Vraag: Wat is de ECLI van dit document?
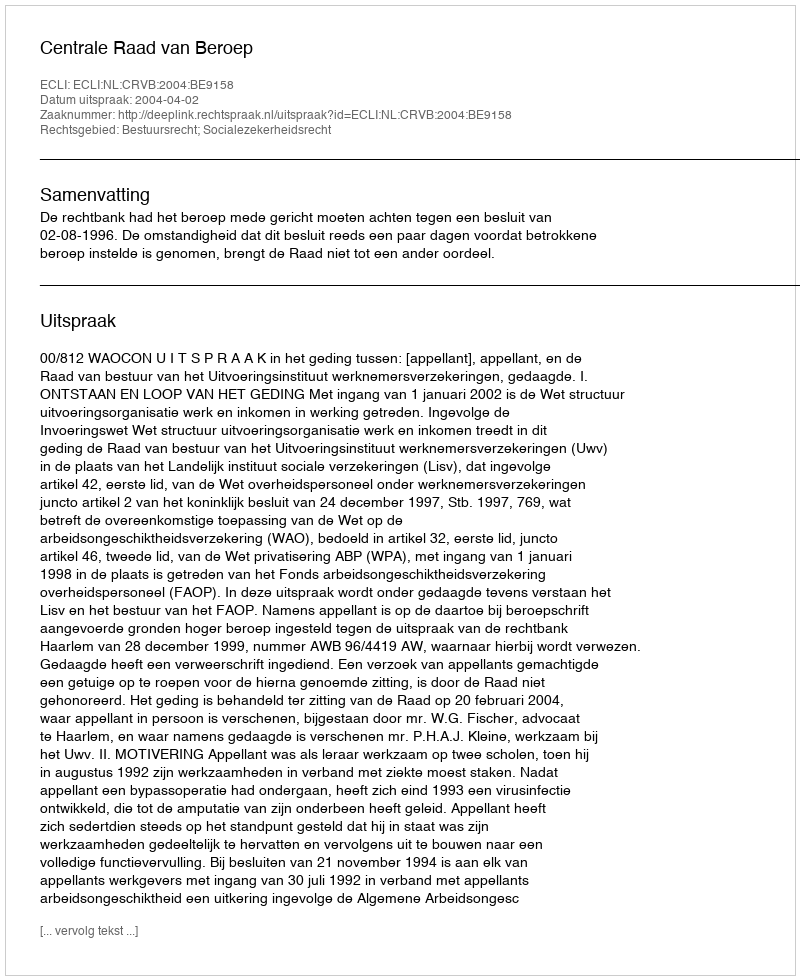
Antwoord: ECLI:NL:CRVB:2004:BE9158